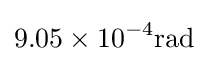
9.05\times 10^{-4}\mathrm {rad}